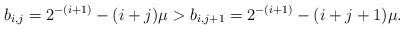
\begin{align*}b_{i,j} = 2^{-(i + 1)} - (i + j)\mu >b_{i,j + 1} = 2^{-(i + 1)} - (i + j + 1)\mu.\end{align*}